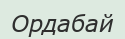
Ордабай